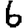
Digit: 6